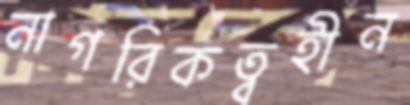
নাগরিকত্বহীন